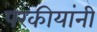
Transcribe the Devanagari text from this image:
परकीयांनी